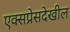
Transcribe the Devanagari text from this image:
एक्सप्रेसदेखील